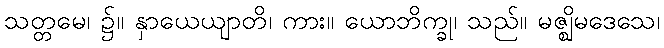
သတ္တမေ၊ ၌။ နှာယေယျာတိ၊ ကား။ ယောဘိက္ခု၊ သည်။ မဇ္ဈိမဒေသေ၊